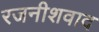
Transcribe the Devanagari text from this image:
रजनीशवाद